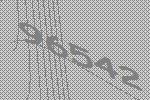
96542